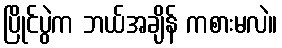
ပြိုင်ပွဲက ဘယ်အချိန် ကစားမလဲ။